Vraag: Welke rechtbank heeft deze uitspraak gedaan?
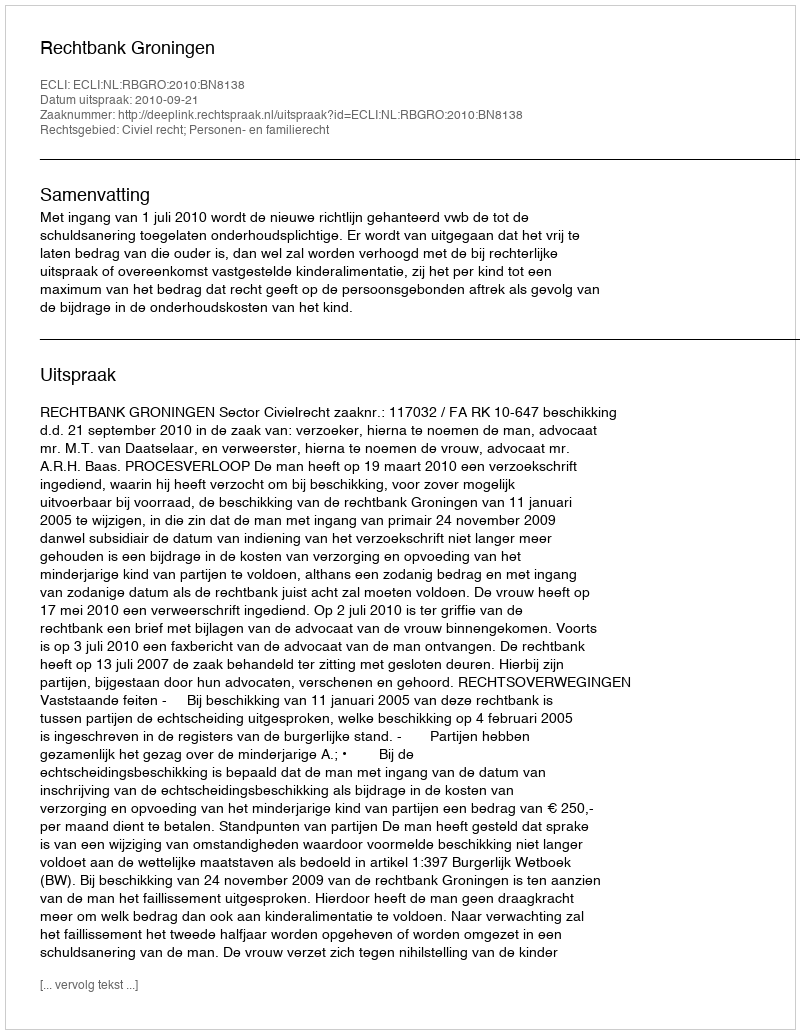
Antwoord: Rechtbank Groningen